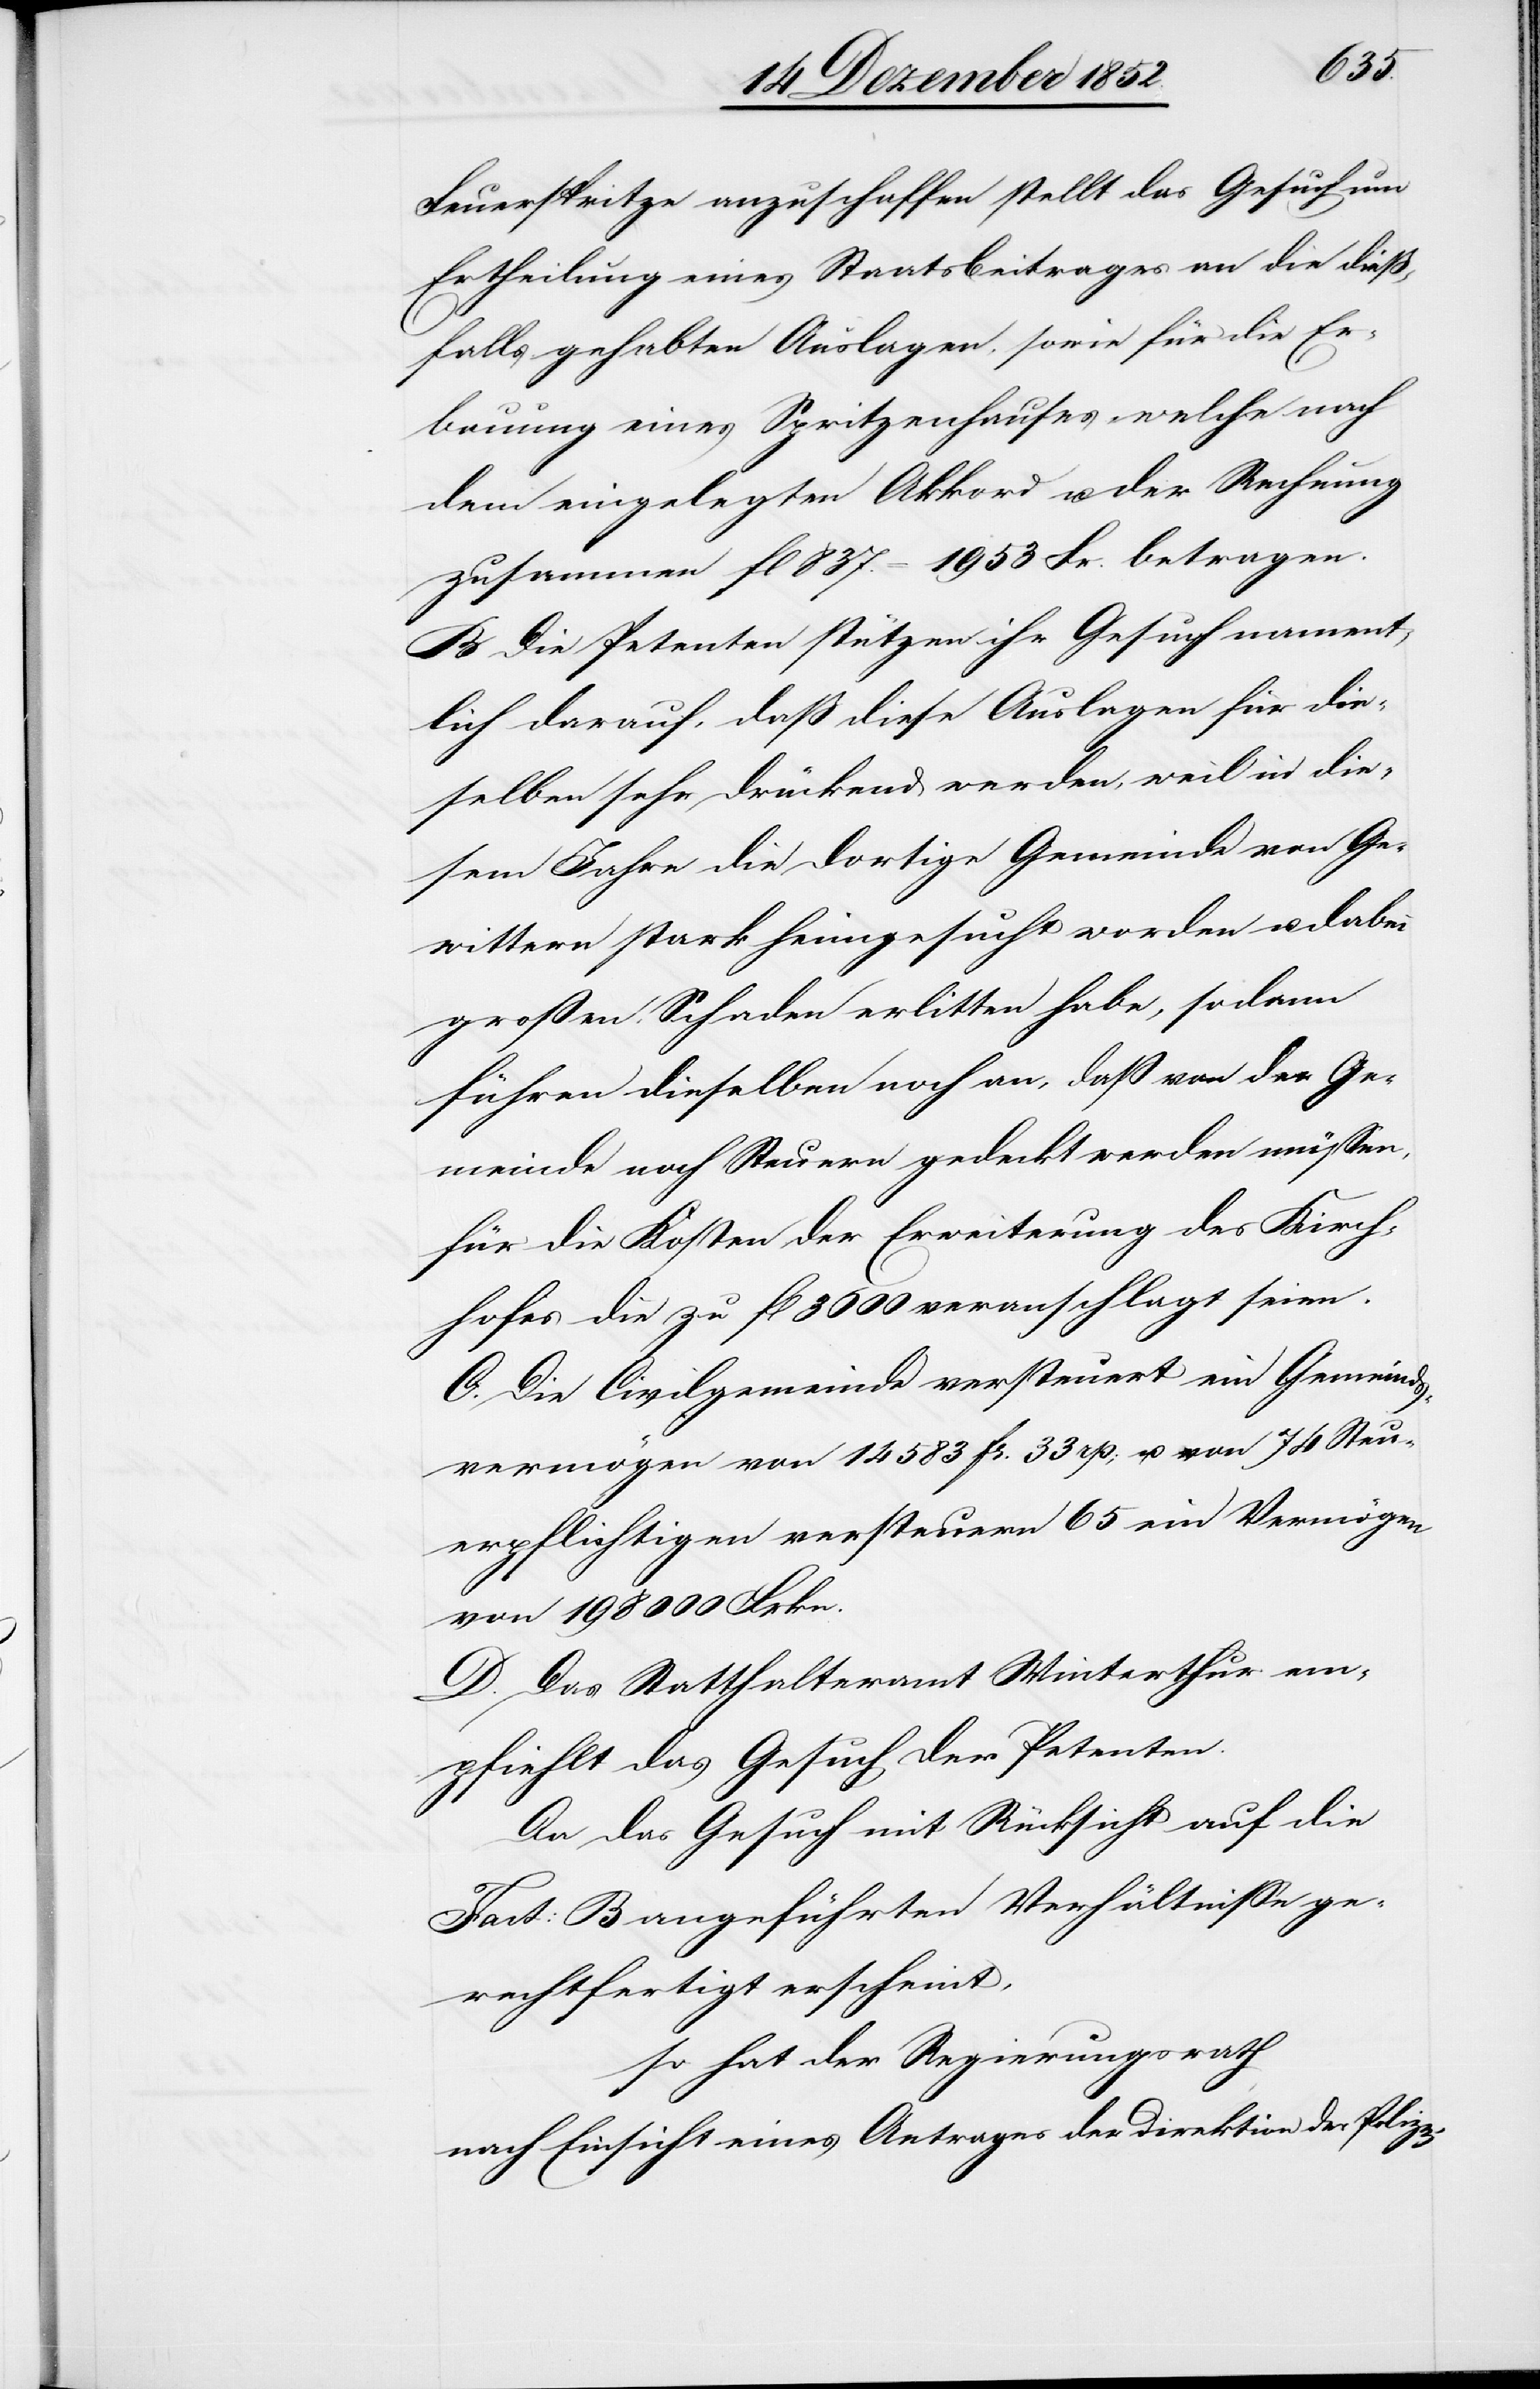
Feuerspritze anzuschaffen stellt das Gesuch um
Ertheilung eines Staatsbeitrages an die dieß¬
falls gehabten Auslagen, sowie für die Er¬
bauung eines Spritzenhauses welche nach
dem eingelegten Akkord u. der Rechnung
zusammen fl 837. = 1953 Fr. betragen.
B Die Petenten stützen ihr Gesuch nament¬
lich darauf, daß diese Auslagen für die¬
selben sehr drückend werden, weil in die¬
sem Jahre die dortige Gemeinde von Ge¬
wittern stark heimgesucht worden u. dabei
großen Schaden erlitten habe, sodann
führen dieselben noch an, daß von der Ge¬
meinde noch Steuern gedeckt werden müssen,
für die Kosten der Erweiterung des Kirch¬
hofes die zu fl 3600 veranschlagt seien.
C. Die Civilgemeinde versteuert ein Gemeinds¬
vermögen von 14 583 fr. 33 rp; u. von 74 Steu¬
erpflichtigen versteuern 65 ein Vermögen
von 198 000 Frkn.
D. Das Statthalteramt Winterthur em¬
pfiehlt das Gesuch der Petenten.
Da das Gesuch mit Rücksicht auf die
Fact: B angeführten Verhältnisse ge¬
rechtfertigt erscheint,
so hat der Regierungsrath
nach Einsicht eines Antrages der Direktion der Polizei